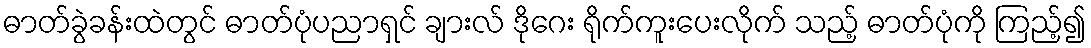
ဓာတ်ခွဲခန်းထဲတွင် ဓာတ်ပုံပညာရှင် ချားလ် ဒိုဂေး ရိုက်ကူးပေးလိုက် သည့် ဓာတ်ပုံကို ကြည့်၍